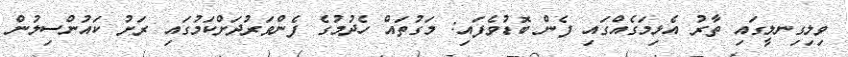
ވިލިގިނލީގައި ތާރު އެޅިމަގެއްގައި ފެން ބޮޑުވެފައި: މަގުތައް ހެދުމުގެ ފެންވަރުދަށްކަމުގައި ރަށު ކައުންސިލުން